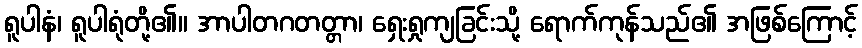
ရူပါနံ၊ ရူပါရုံတို့၏။ အာပါတဂတတ္တာ၊ ရှေးရှုကျခြင်းသို့ ရောက်ကုန်သည်၏ အဖြစ်ကြောင့်